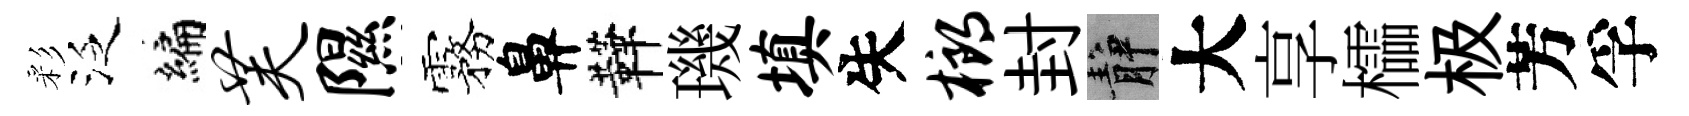
彩泛编芙隰霧鼻鞾璣填失榔封静大享櫺极芳孚